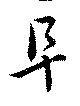
阜